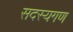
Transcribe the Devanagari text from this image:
सदस्‍यगण